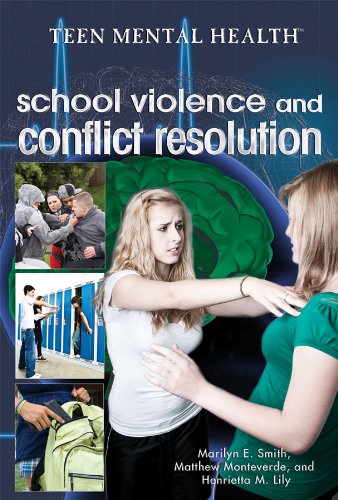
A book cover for School Violence and Conflict Resolution (Teen Mental Health); Marilyn E. Smith; Teen & Young Adult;